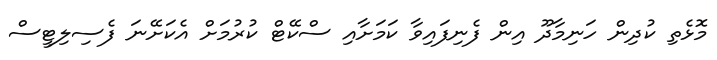
މޮޅެތި ކުދިން ހަނިމާދޫ އިން ފެނިފައިވާ ކަމަށާއި ސްކޭޓް ކުރުމަށް އެކަށޭނަ ފެސިލިޓީސް